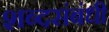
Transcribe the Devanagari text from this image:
शब्दसंबंधी